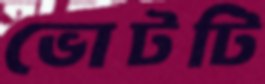
ভোটটি